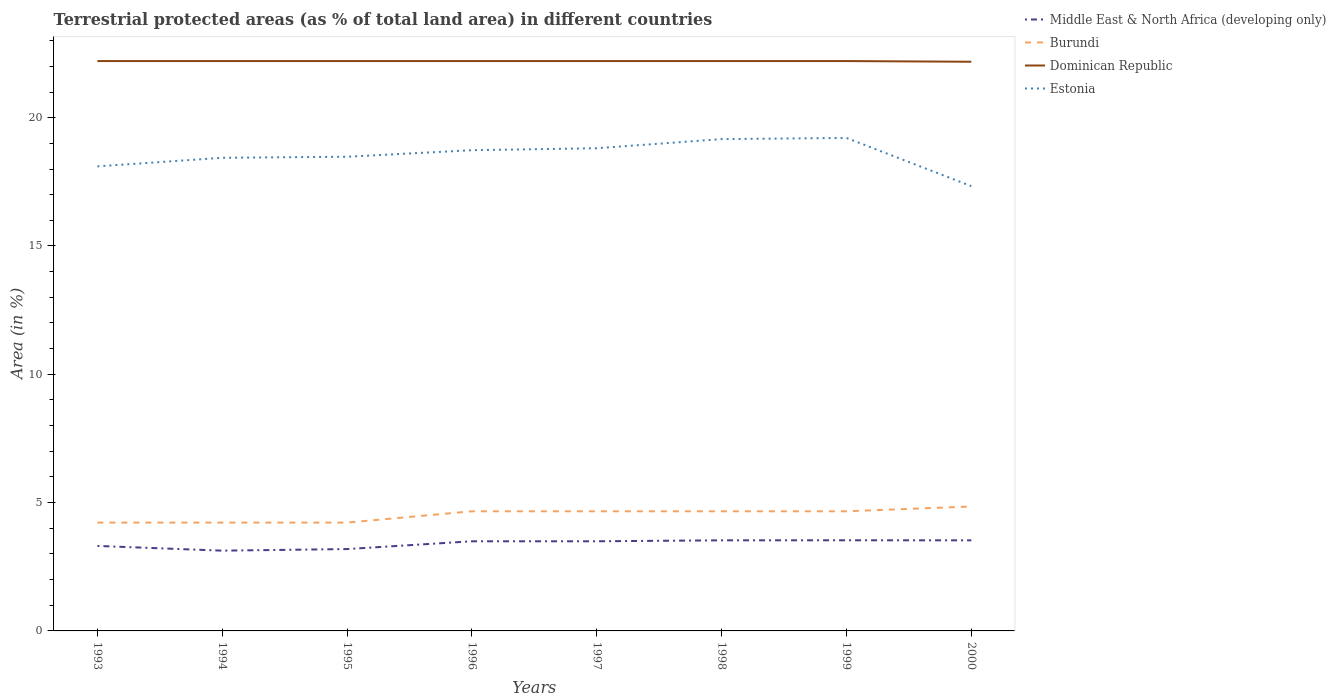
| Years | Middle East & North Africa (developing only) | Burundi | Dominican Republic | Estonia |
 | --- | --- | --- | --- | --- |
 | 1993 | 3.31 | 4.22 | 22.2 | 18.1 |
 | 1994 | 3.13 | 4.22 | 22.2 | 18.4 |
 | 1995 | 3.19 | 4.22 | 22.2 | 18.5 |
 | 1996 | 3.49 | 4.66 | 22.2 | 18.7 |
 | 1997 | 3.49 | 4.66 | 22.2 | 18.8 |
 | 1998 | 3.53 | 4.66 | 22.2 | 19.2 |
 | 1999 | 3.53 | 4.66 | 22.2 | 19.2 |
 | 2000 | 3.53 | 4.85 | 22.2 | 17.3 |